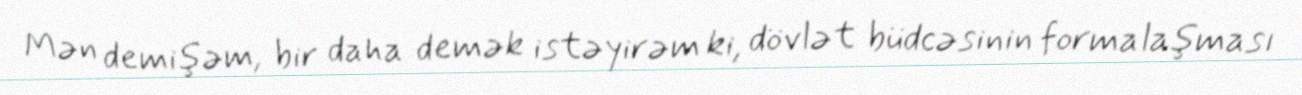
Mən demişəm, bir daha demək istəyirəm ki, dövlət büdcəsinin formalaşması